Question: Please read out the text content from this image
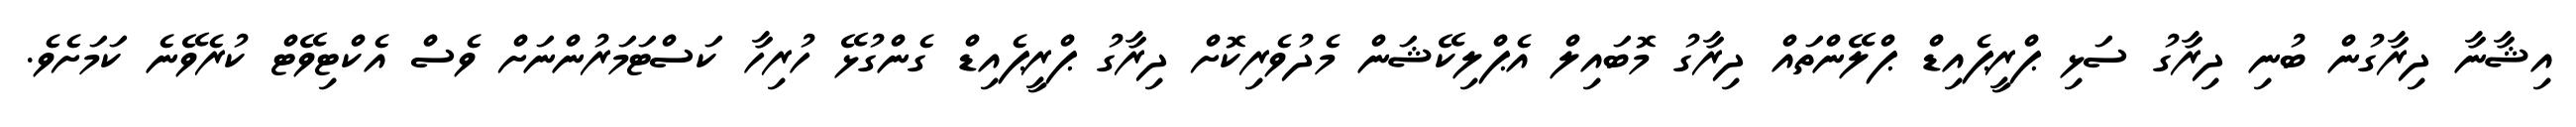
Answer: އިޝާނާ ދިރާގުން ބުނި ދިރާގު ސަޅި ޕްރީޕެއިޑް ޕްލޭންތައް ދިރާގު މޮބައިލް އެޕްލިކޭޝަން މެދުވެރިކޮށް ދިރާގު ޕްރީޕެއިޑް ގެންގުޅޭ ހުރިހާ ކަސްޓަމަރުންނަށް ވެސް އެކްޓިވޭޓް ކުރެވޭނެ ކަމަށެވެ.